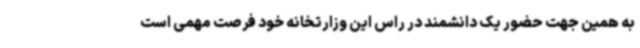
به همین جهت حضور یک دانشمند در راس این وزارتخانه خود فرصت مهمی است